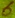
Text: 6